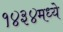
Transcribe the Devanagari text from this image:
१४३४मध्ये